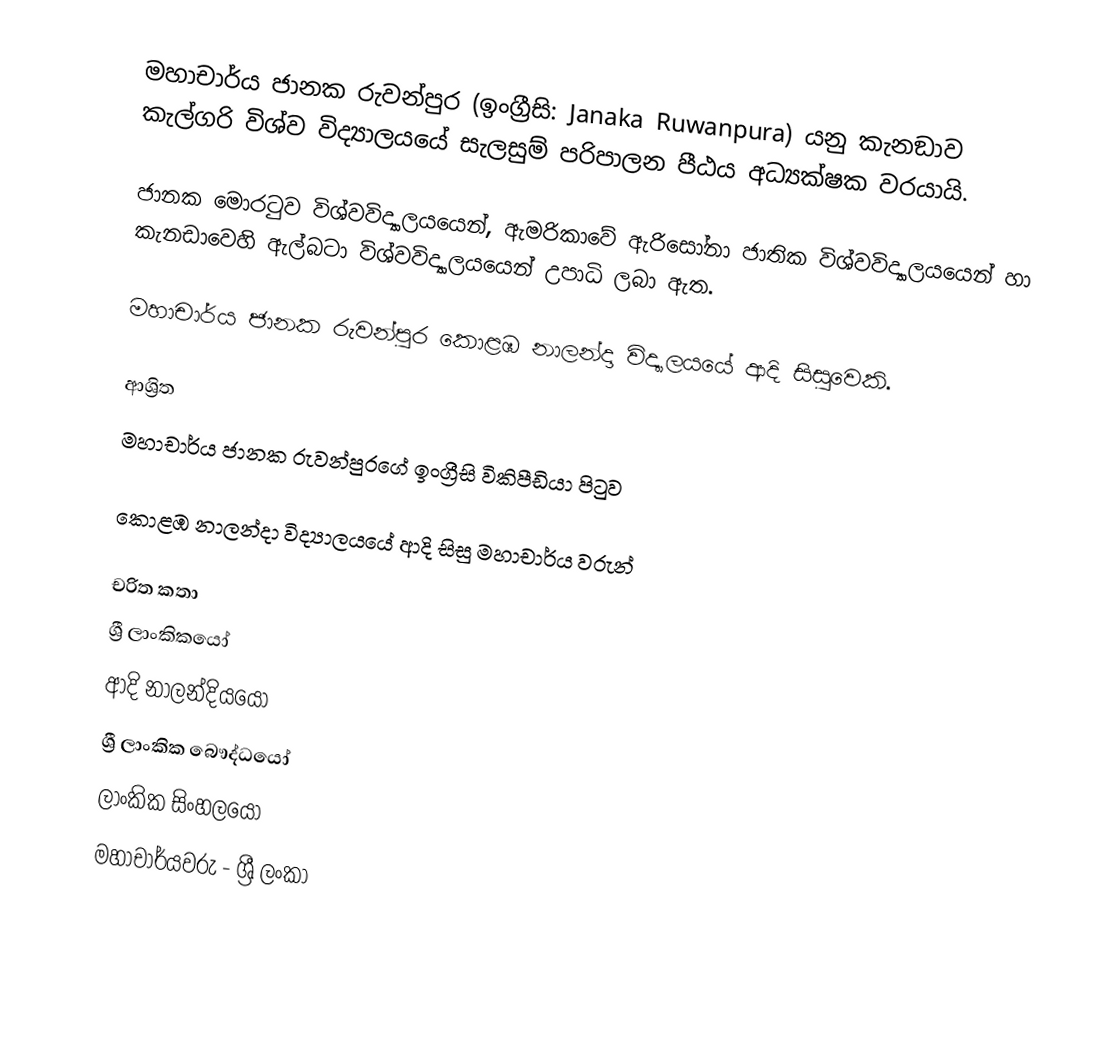
මහාචාර්ය ජානක රුවන්පුර   (ඉංග්‍රීසි: Janaka Ruwanpura) යනු   කැනඞාව කැල්ගරි විශ්ව විද්‍යාලයයේ සැලසුම් පරිපාලන පීඨය අධ්‍යක්ෂක  වරයායි.

ජානක මොරටුව විශ්වවිද්‍යාලයයෙන්, ඇමරිකාවේ ඇරිසෝනා ජාතික විශ්වවිද්‍යාලයයෙන් හා කැනඩාවෙහි ඇල්බටා විශ්වවිද්‍යාලයයෙන් උපාධි ලබා ඇත.

මහාචාර්ය ජානක රුවන්පුර   කොළඹ නාලන්දා විද්‍යාලයයේ ආදි සිසුවෙකි.

ආශ්‍රිත
  මහාචාර්ය ජානක රුවන්පුරගේ ඉංග්‍රීසි විකිපීඩියා පිටුව

 කොළඹ නාලන්දා විද්‍යාලයයේ ආදි සිසු මහාචාර්ය වරුන්

චරිත කතා
ශ්‍රී ලාංකිකයෝ
ආදි නාලන්දියයෝ
ශ්‍රී ලාංකික බෞද්ධයෝ
ලාංකික සිංහලයෝ
මහාචාර්යවරු - ශ්‍රී ලංකා